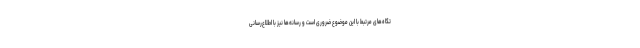
تگاه‌های مرتبط با این موضوع ضروری است و رسانه‌ها نیز با اطلاع‌رسانی